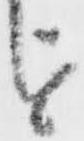
を